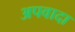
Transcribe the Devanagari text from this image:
अपवादा